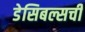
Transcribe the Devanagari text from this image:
डेसिबल्सची